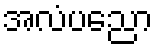
အလံပညော